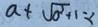
a + \sqrt { a ^ { 2 } + 1 } = 1